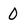
Character: 0